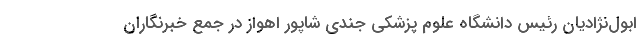
ابول‌نژادیان رئیس دانشگاه علوم پزشکی جندی شاپور اهواز در جمع خبرنگاران